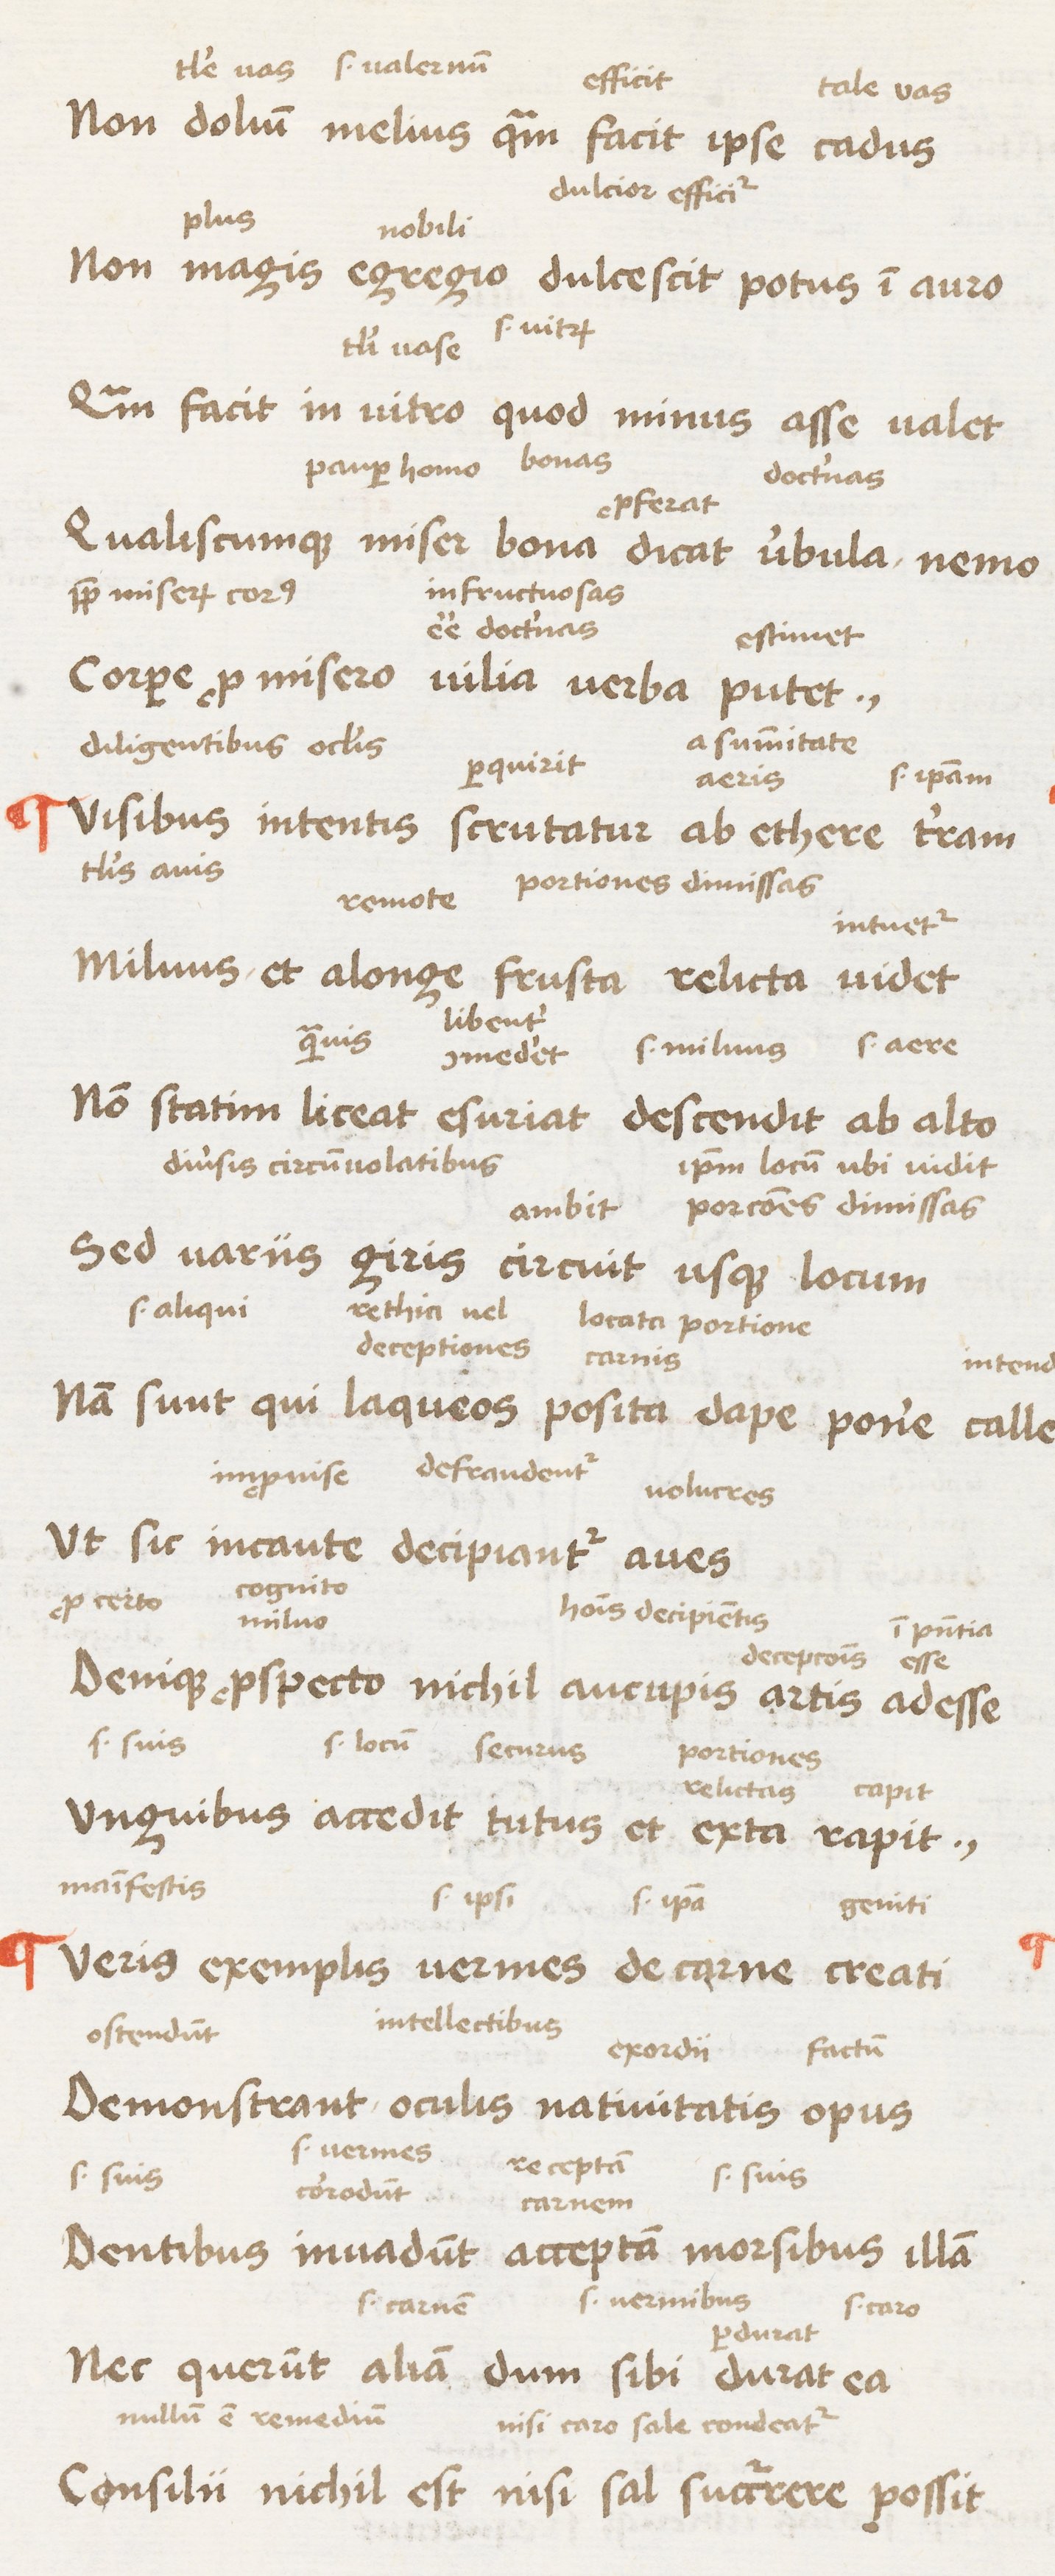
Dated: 1450–1474